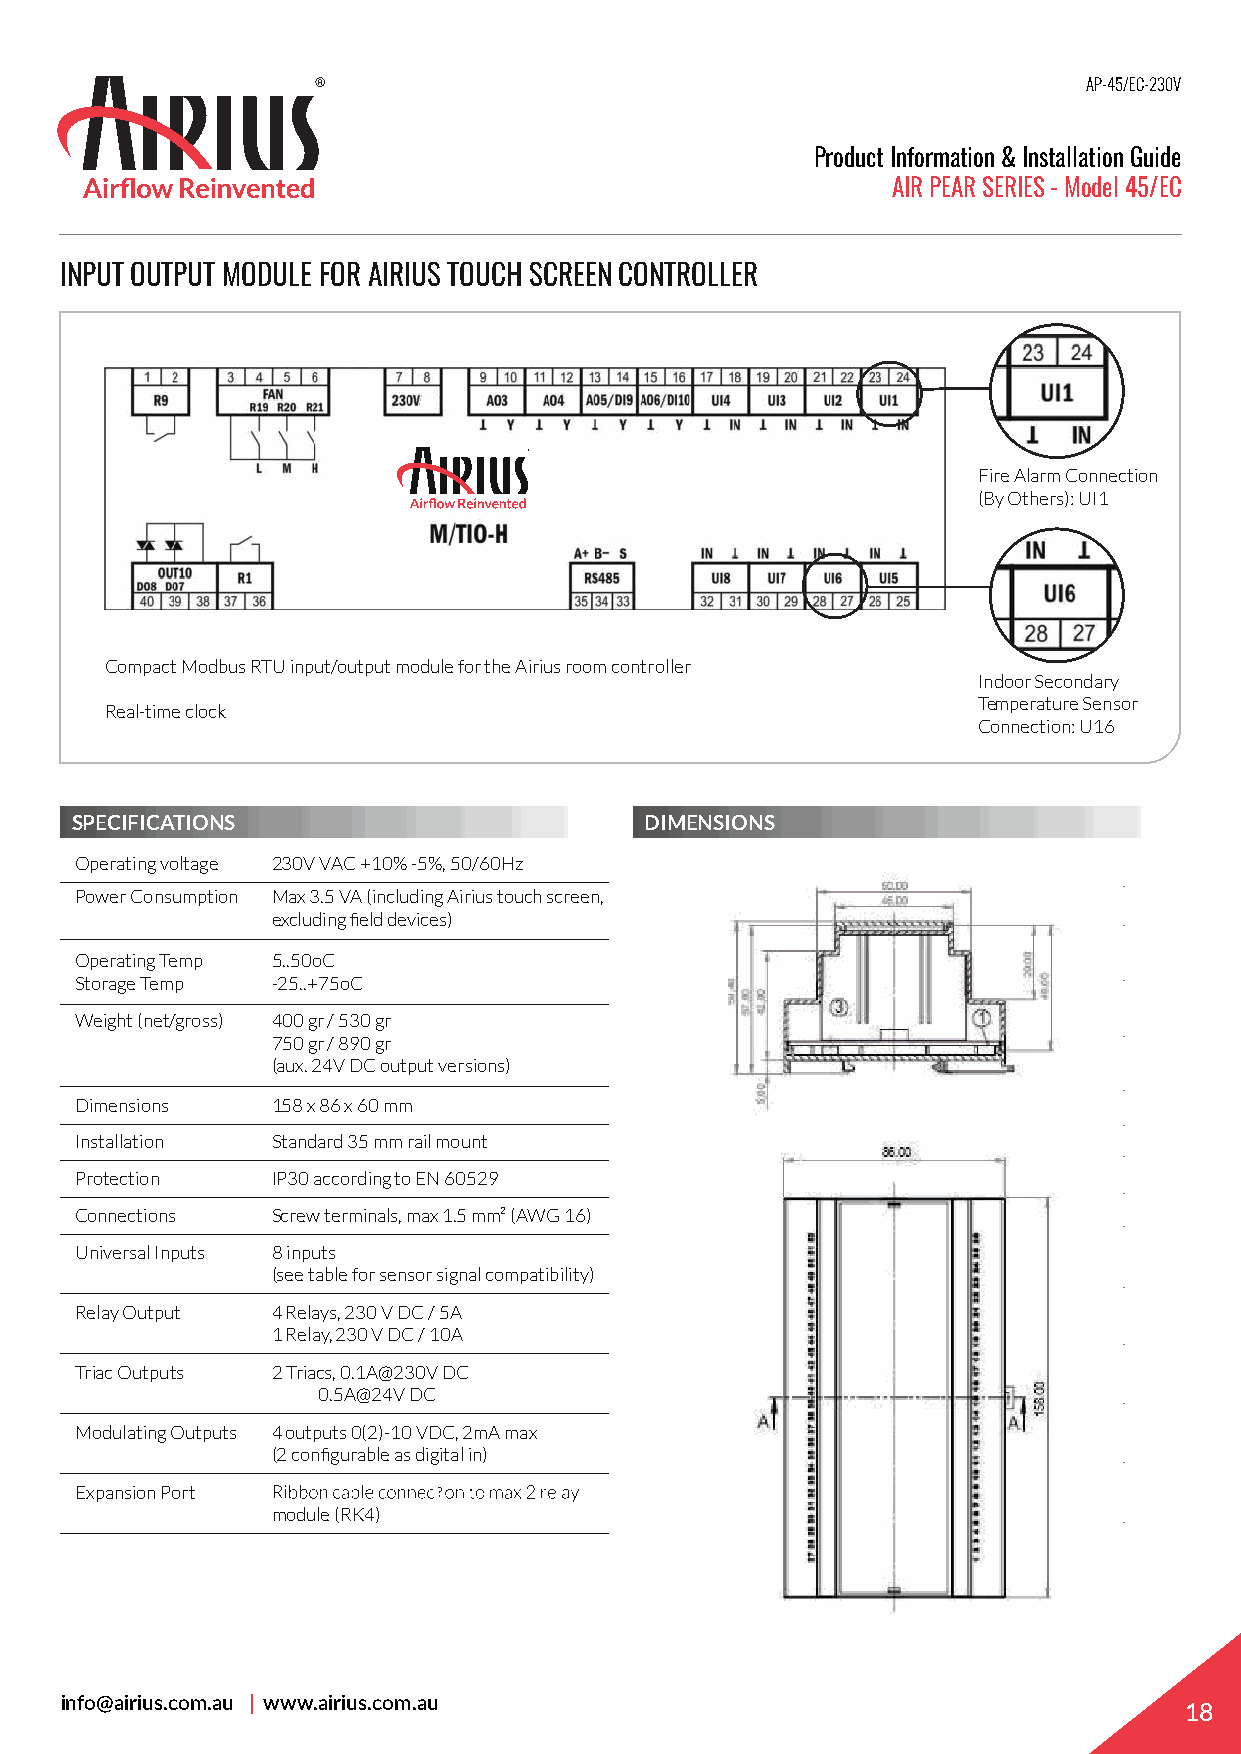
AP-45/EC-230V
 Product Information & Installation Guide
 AIR PEAR SERIES - Model 45/EC
 INPUT OUTPUT MODULE FOR AIRIUS TOUCH SCREEN CONTROLLER
 Fire Alarm Connection
 (By Others): UI1
 Compact Modbus RTU input/output module for the Airius room controller
 Indoor Secondary
 Temperature Sensor
 Real-time clock
 Connection: U16
 SPECIFICATIONS                        DIMENSIONS
 Operating voltage 230V VAC +10% -5%, 50/60Hz
 Power Consumption Max 3.5 VA (including Airius touch screen,
 excluding fi eld devices)
 Operating Temp 5..50oC
 Storage Temp -25..+75oC
 Weight (net/gross) 400 gr / 530 gr
 750 gr / 890 gr
 (aux. 24V DC output versions)
 Dimensions   158 x 86 x 60 mm
 Installation Standard 35 mm rail mount
 Protection   IP30 according to EN 60529
 Connections  Screw terminals, max 1.5 mm² (AWG 16)
 Universal Inputs 8 inputs
 (see table for sensor signal compatibility)
 Relay Output 4 Relays, 230 V DC / 5A
 1 Relay, 230 V DC / 10A
 Triac Outputs 2 Triacs, 0.1A@230V DC
 0.5A@24V DC
 Modulating Outputs 4 outputs 0(2)-10 VDC, 2mA max
 (2 confi gurable as digital in)
 Expansion Port
 module (RK4)
 info@airius.com.au | www.airius.com.au
 18